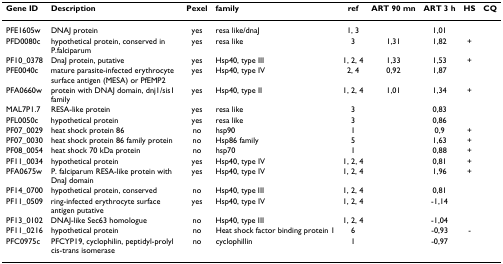
| Gene ID | Description | Pexel | family | ref | ART 90 mn | ART 3 h | HS | CQ |
 | --- | --- | --- | --- | --- | --- | --- | --- | --- |
 | PFE1605w | DNAJ protein | yes | resa like/dnaJ | 1, 3 |  | 1,01 |  |  |
 | PFD0080c | hypothetical protein, conserved in P.falciparum | yes | resa like | 3 | 1,31 | 1,82 | + |  |
 | PF10_0378 | DnaJ protein, putative | yes | Hsp40, type III | 1, 2, 4 | 1,33 | 1,53 | + |  |
 | PFE0040c | mature parasite-infected erythrocyte surface antigen (MESA) or PfEMP2 | yes | Hsp40, type IV | 2, 4 | 0,92 | 1,87 |  |  |
 | PFA0660w | protein with DNAJ domain, dnj1/sis1 family | yes | Hsp40, type II | 1, 2, 4 | 1,01 | 1,34 | + |  |
 | MAL7P1.7 | RESA-like protein | yes | resa like | 3 |  | 0,83 |  |  |
 | PFL0050c | hypothetical protein | yes | resa like | 3 |  | 0,86 |  |  |
 | PF07_0029 | heat shock protein 86 | no | hsp90 | 1 |  | 0,9 | + |  |
 | PF07_0030 | heat shock protein 86 family protein | no | Hsp86 family | 5 |  | 1,63 | + |  |
 | PF08_0054 | heat shock 70 kDa protein | no | hsp70 | 1 |  | 0,88 | + |  |
 | PF11_0034 | hypothetical protein | yes | Hsp40, type IV | 1, 2, 4 |  | 0,81 | + |  |
 | PFA0675w | P. falciparum RESA-like protein with DnaJ domain | yes | Hsp40, type IV | 1, 2, 4 |  | 1,96 | + |  |
 | PF14_0700 | hypothetical protein, conserved | no | Hsp40, type III | 1, 2, 4 |  | 0,81 |  |  |
 | PF11_0509 | ring-infected erythrocyte surface antigen putative | yes | Hsp40, type IV | 1, 2, 4 |  | -1,14 |  |  |
 | PF13_0102 | DNAJ-like Sec63 homologue | no | Hsp40, type III | 1, 2, 4 |  | -1,04 |  |  |
 | PF11_0216 | hypothetical protein | no | Heat shock factor binding protein 1 | 6 |  | -0,93 | - |  |
 | PFC0975c | PFCYP19, cyclophilin, peptidyl-prolyl cis-trans isomerase | no | cyclophillin | 1 |  | -0,97 |  |  |